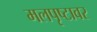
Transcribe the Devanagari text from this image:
मलपृष्टावर